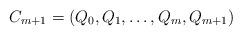
LaTeX: \begin{align*}C_{m+1}=(Q_0, Q_1, \dots , Q_m, Q_{m+1})\end{align*}